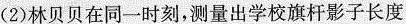
(2)林贝贝在同一时刻，测量出学校旗杆影子长度